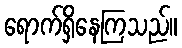
ရောက်ရှိနေကြသည်။